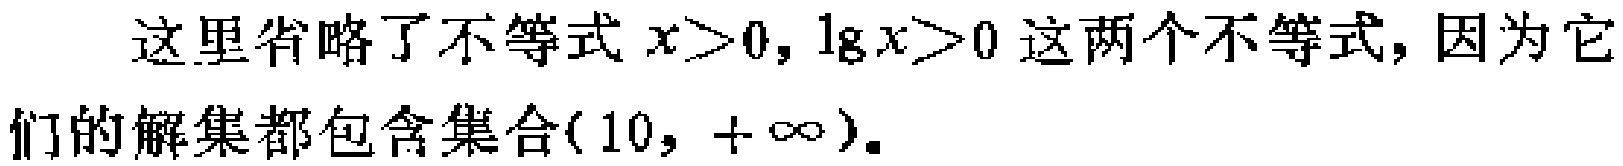
这里省略了不等式\(x>0,\lg x>0\)这两个不等式, 因为它们的解集都包含集合\((10, +\infty)\).